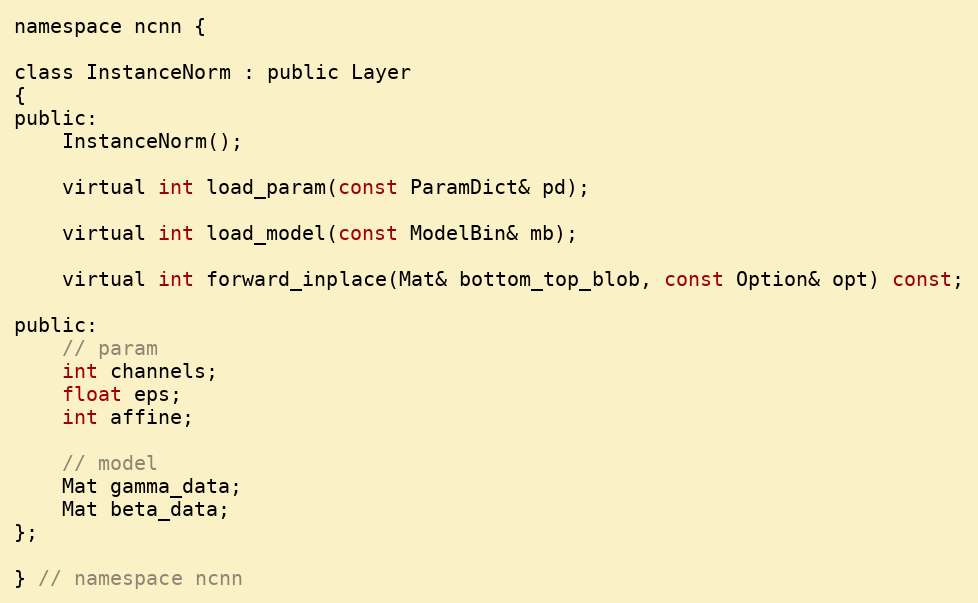
Language: C
namespace ncnn {

class InstanceNorm : public Layer
{
public:
    InstanceNorm();

    virtual int load_param(const ParamDict& pd);

    virtual int load_model(const ModelBin& mb);

    virtual int forward_inplace(Mat& bottom_top_blob, const Option& opt) const;

public:
    // param
    int channels;
    float eps;
    int affine;

    // model
    Mat gamma_data;
    Mat beta_data;
};

} // namespace ncnn